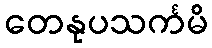
တေနုပသင်္ကမိ